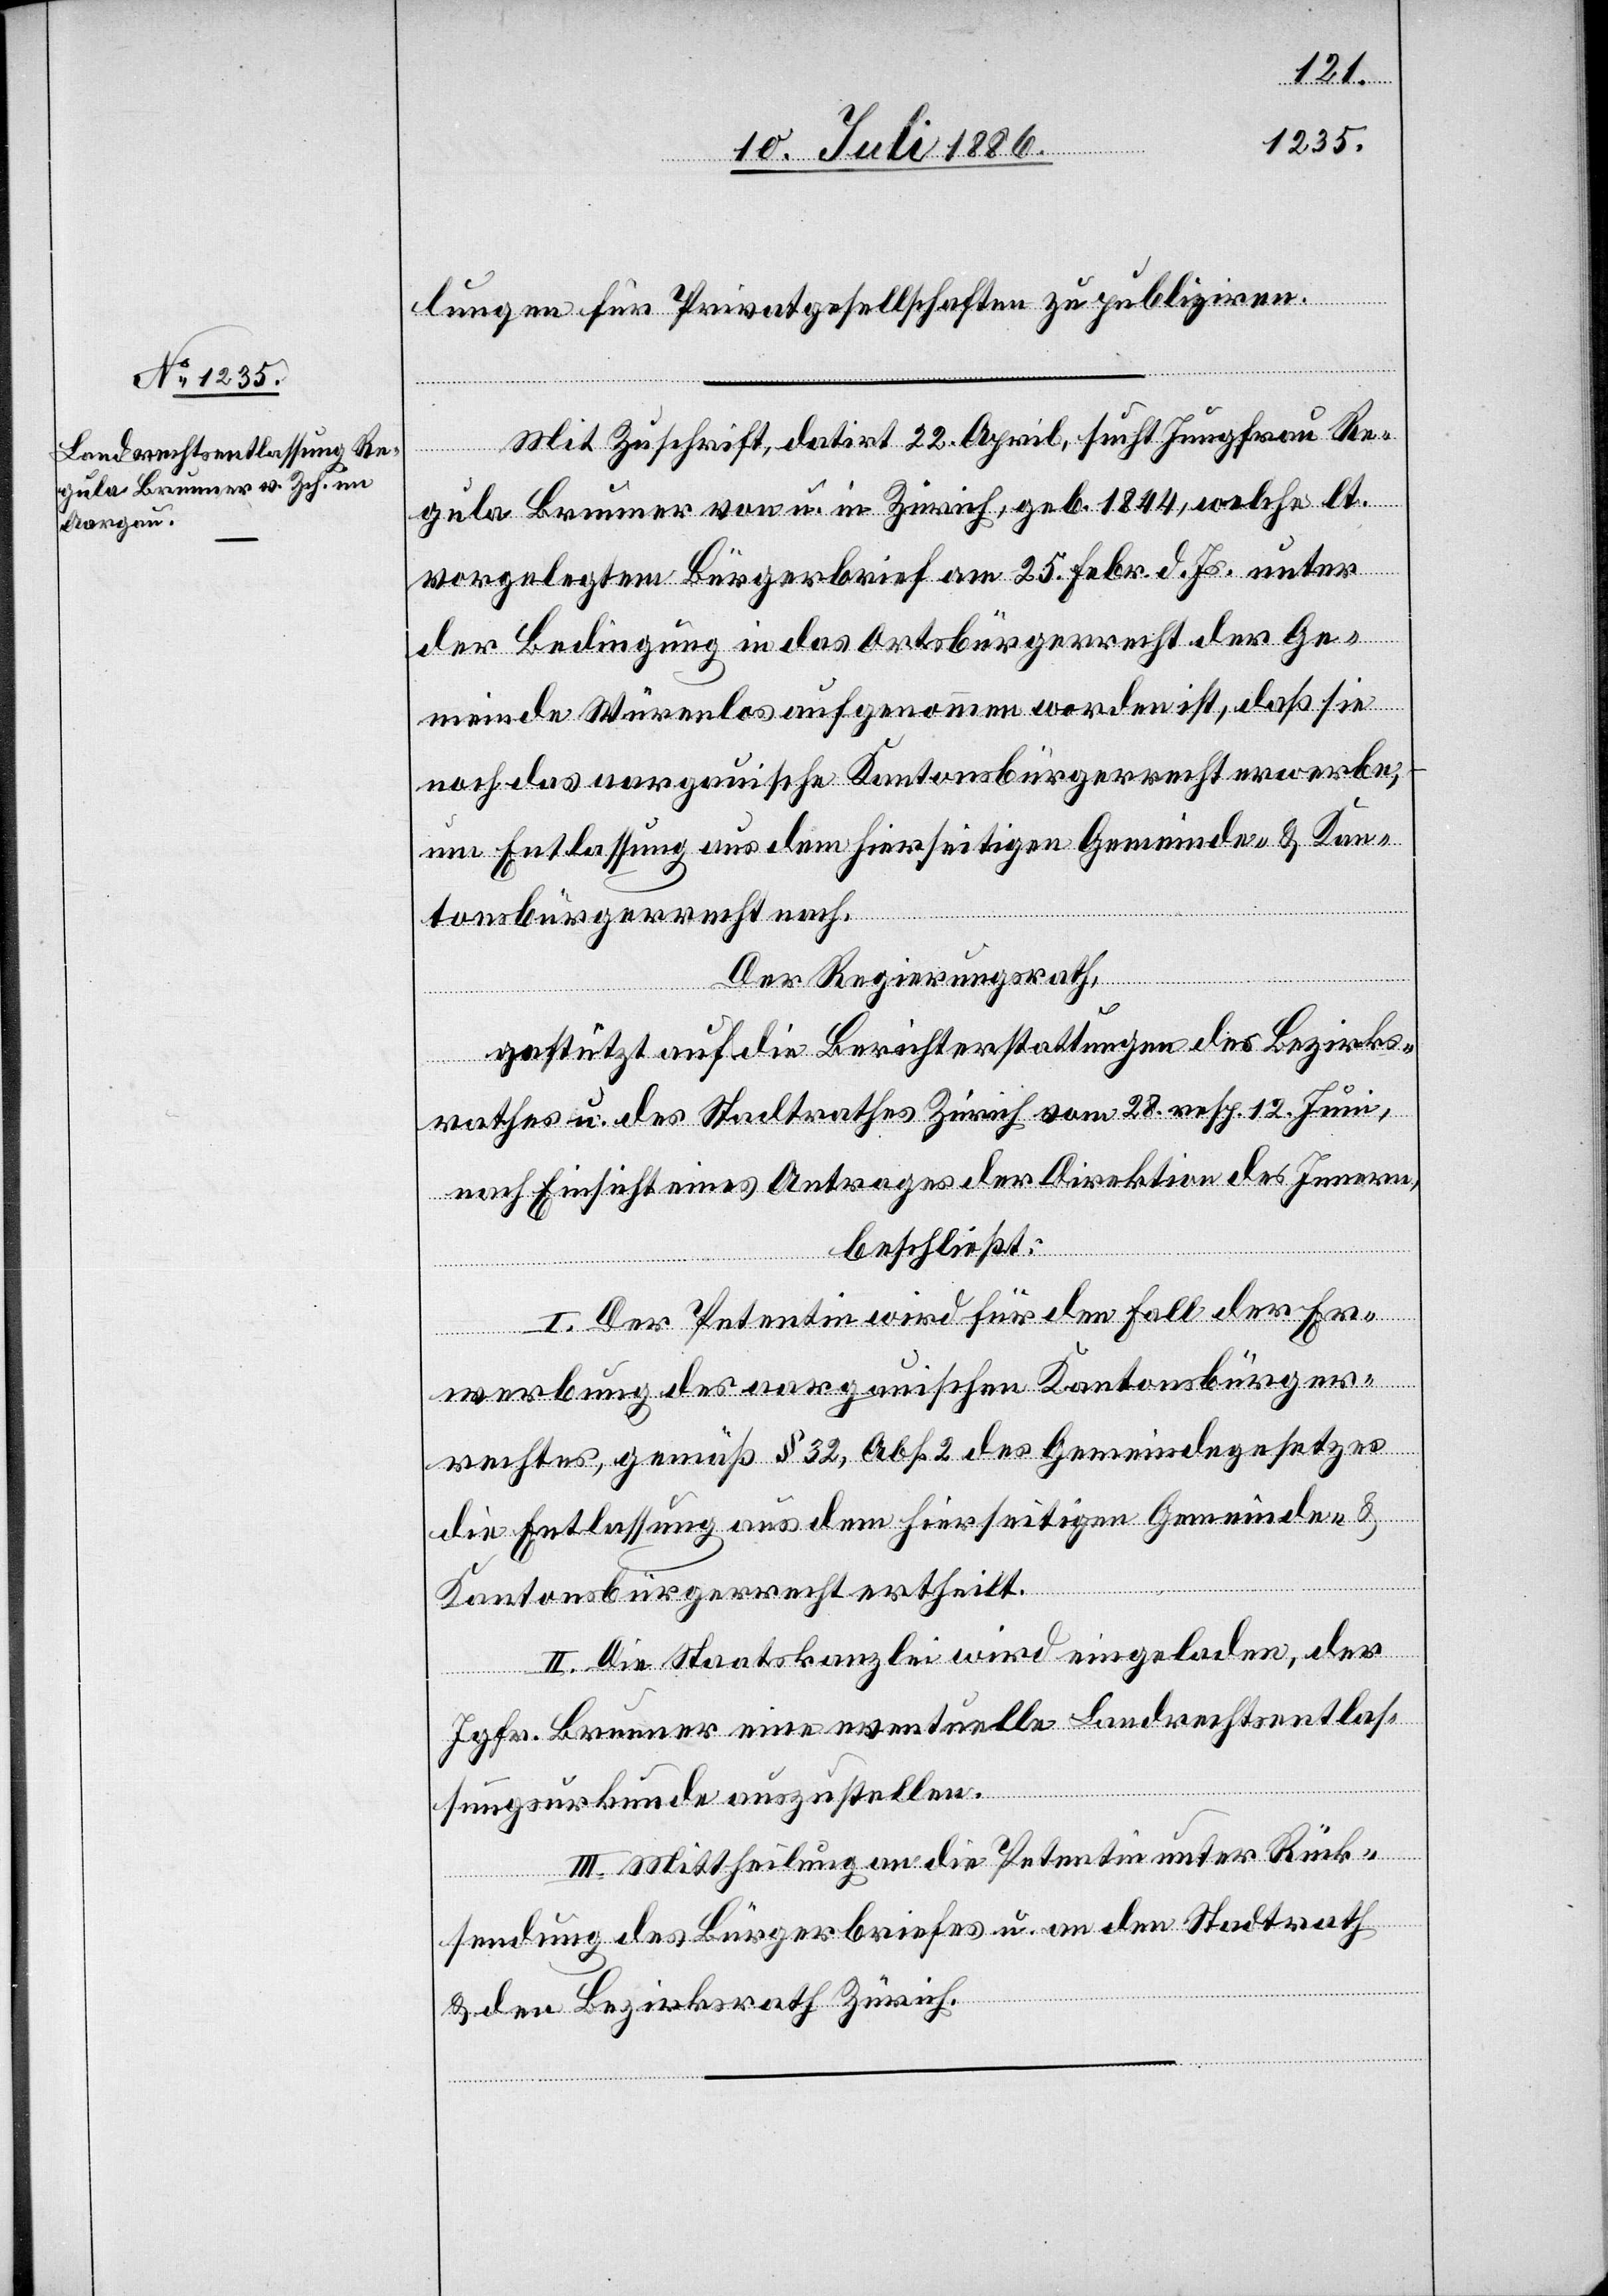
lungen für Privatgesellschaften zu publiziren.
Mit Zuschrift, datirt 22. April, sucht Jungfrau Re¬
gula Brunner von u. in Zürich, geb. 1844, welche lt.
vorgelegtem Bürgerbrief am 25. Febr. d. Js. unter
der Bedingung in das Ortsbürgerrecht der Ge¬
meinde Würenlos aufgenommen worden ist, daß sie
noch das aargauische Kantonsbürgerrecht erwerbe,
um Entlassung aus dem hierseitigen Gemeinde- & Kan¬
tonsbürgerrecht nach.
Der Regierungsrath,
gestützt auf die Berichterstattungen des Bezirks¬
rathes u. des Stadtrathes Zürich vom 28. resp. 12. Juni,
nach Einsicht eines Antrages der Direktion des Innern,
beschließt:
I. Der Petentin wird für den Fall der Er¬
werbung des aargauischen Kantonsbürger¬
rechtes, gemäß § 32, Abs. 2 des Gemeindegesetzes
die Entlassung aus dem hierseitigen Gemeinde- &
Kantonsbürgerrecht ertheilt.
II. Die Staatskanzlei wird eingeladen, der
Jgfr. Brunner eine eventuelle Landrechtsentlas¬
sungsurkunde auszustellen.
III. Mittheilung an die Petentin unter Rück¬
sendung des Bürgerbriefes u. an den Stadtrath
& den Bezirksrath Zürich.